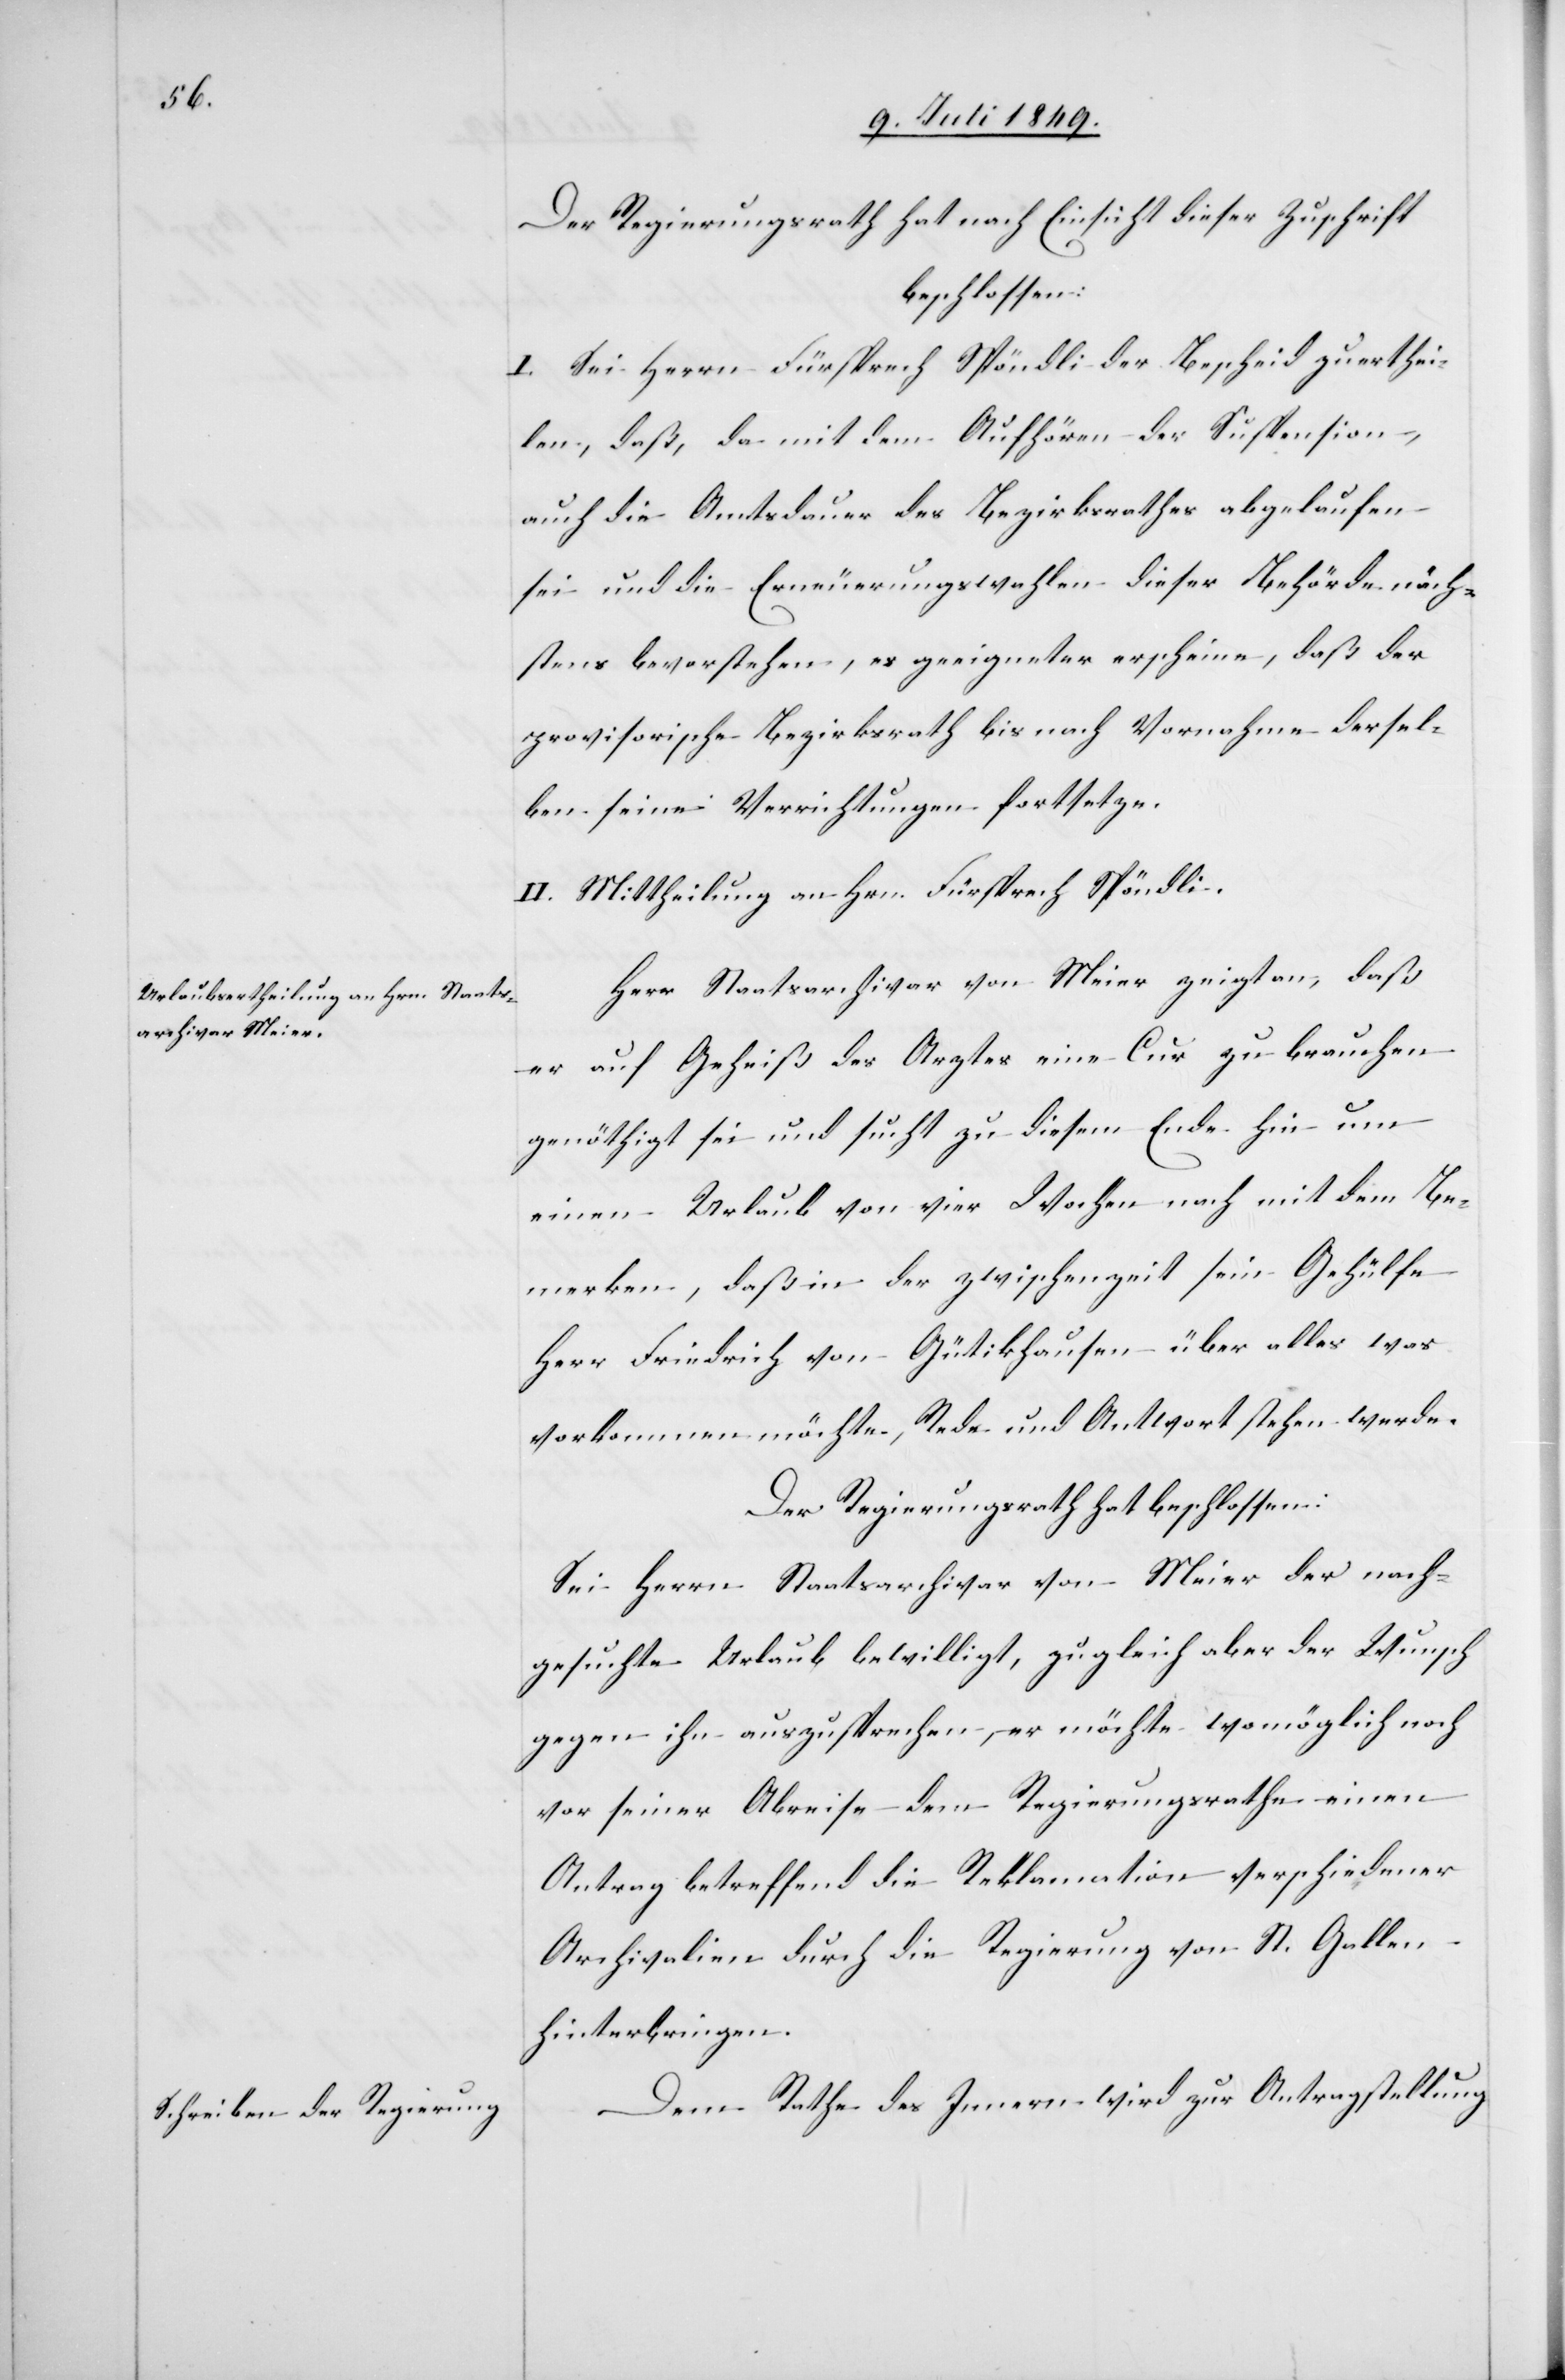
Der Regierungsrath hat nach Einsicht dieser Zuschrift
beschlossen:
I. Sei Herrn Fürsprech Spöndli der Bescheid zu erthei¬
len, daß, da mit dem Aufhören der Suspension,
auch die Amtsdauer des Bezirksrathes abgelaufen
sei und die Erneuerungswahlen dieser Behörden näch¬
stens bevorstehen, es geeigneter erscheine, daß der
provisorische Bezirksrath bis nach Vornahme dersel¬
ben seine Verrichtungen fortsetze.
II. Mittheilung an Hrn. Fürsprech Spöndli.
Herr Staatsarchivar von Meier zeigt an, daß
er auf Geheiß des Arztes eine Cur zu brauchen
genöthigt sei und sucht zu diesem Ende hin um
einen Urlaub von vier Wochen nach mit dem Be¬
merken, daß in der Zwischenzeit sein Gehülfe
Herr Friedrich von Gütikhausen über alles was
vorkommen möchte, Rede und Antwort stehen werde.
Der Regierungsrath hat beschlossen:
Sei Herrn Staatsarchivar von Meier der nach¬
gesuchte Urlaub bewilligt, zugleich aber der Wunsch
gegen ihn auszusprechen, er möchte womöglich noch
vor seiner Abreise dem Regierungsrathe einen
Antrag betreffend die Reklamation verschiedener
Archivalien durch die Regierung von St. Gallen
hinterbringen.
Dem Rathe des Innern wird zur Antragstellung